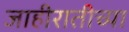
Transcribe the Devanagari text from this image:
जाहीरातीच्या